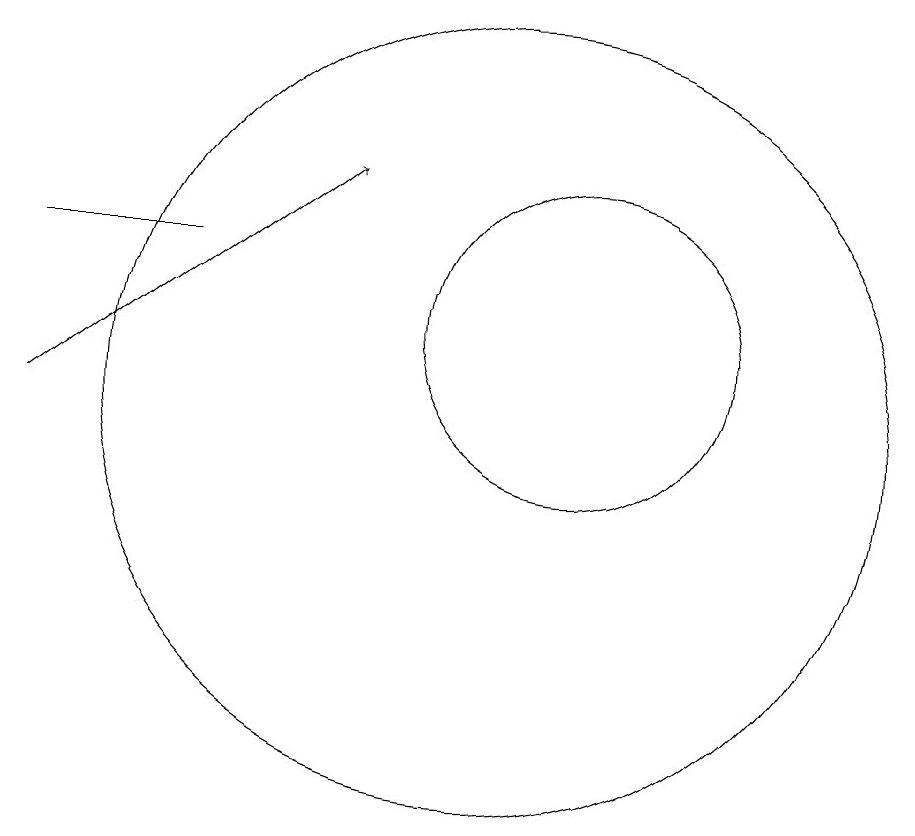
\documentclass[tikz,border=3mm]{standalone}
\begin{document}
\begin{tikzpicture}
\draw[->] (4,10) -- (8,13);
\draw (10,10) circle (5);
\draw (11,11) circle (2);
\draw (4,12) rectangle (6,12);
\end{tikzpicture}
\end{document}